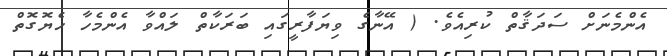
އެންމެނަށް ސަދަޤާތް ކުރިއެވެ. ( އޭނާގެ ވިޔަފާރީގައި ބަރަކާތް ލައްވާ އެންމެހާ ހެޔޮގޮތް